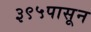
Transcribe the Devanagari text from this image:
३९५पासून